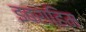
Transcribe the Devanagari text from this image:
इब्राहिम